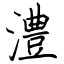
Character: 澧